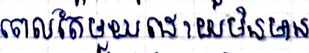
ពេលតែមួយដោយមិនមាន